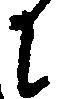
に